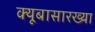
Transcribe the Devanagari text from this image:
क्यूबासारख्या